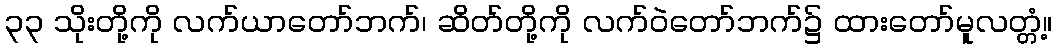
၃၃ သိုးတို့ကို လက်ယာတော်ဘက်၊ ဆိတ်တို့ကို လက်ဝဲတော်ဘက်၌ ထားတော်မူလတ္တံ့။